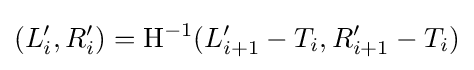
(L_{i}',R_{i}')=\mathrm {H} ^{-1}(L_{i+1}'-T_{i},R_{i+1}'-T_{i})